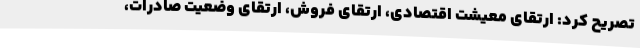
تصریح کرد: ارتقای معیشت اقتصادی، ارتقای فروش، ارتقای وضعیت صادرات،